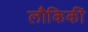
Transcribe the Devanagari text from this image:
लौकिकीं